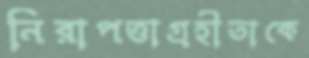
নিরাপত্তাগ্রহীতাকে